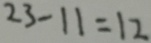
2 3 - 1 1 = 1 2